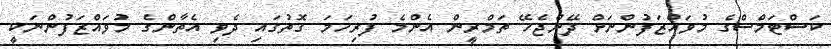
ކަސްޓަމްސްގެ މުވައްޒަފުންނަށް ދޭންޖެހޭ ތަމްރީން އެންމެ ފުރިހަމަ ގޮތުގައި ދެވި އެތާންގެ މުވައްޒަފުންނަކީ